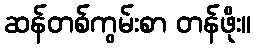
ဆန်တစ်ကွမ်းစာ တန်ဖိုး။